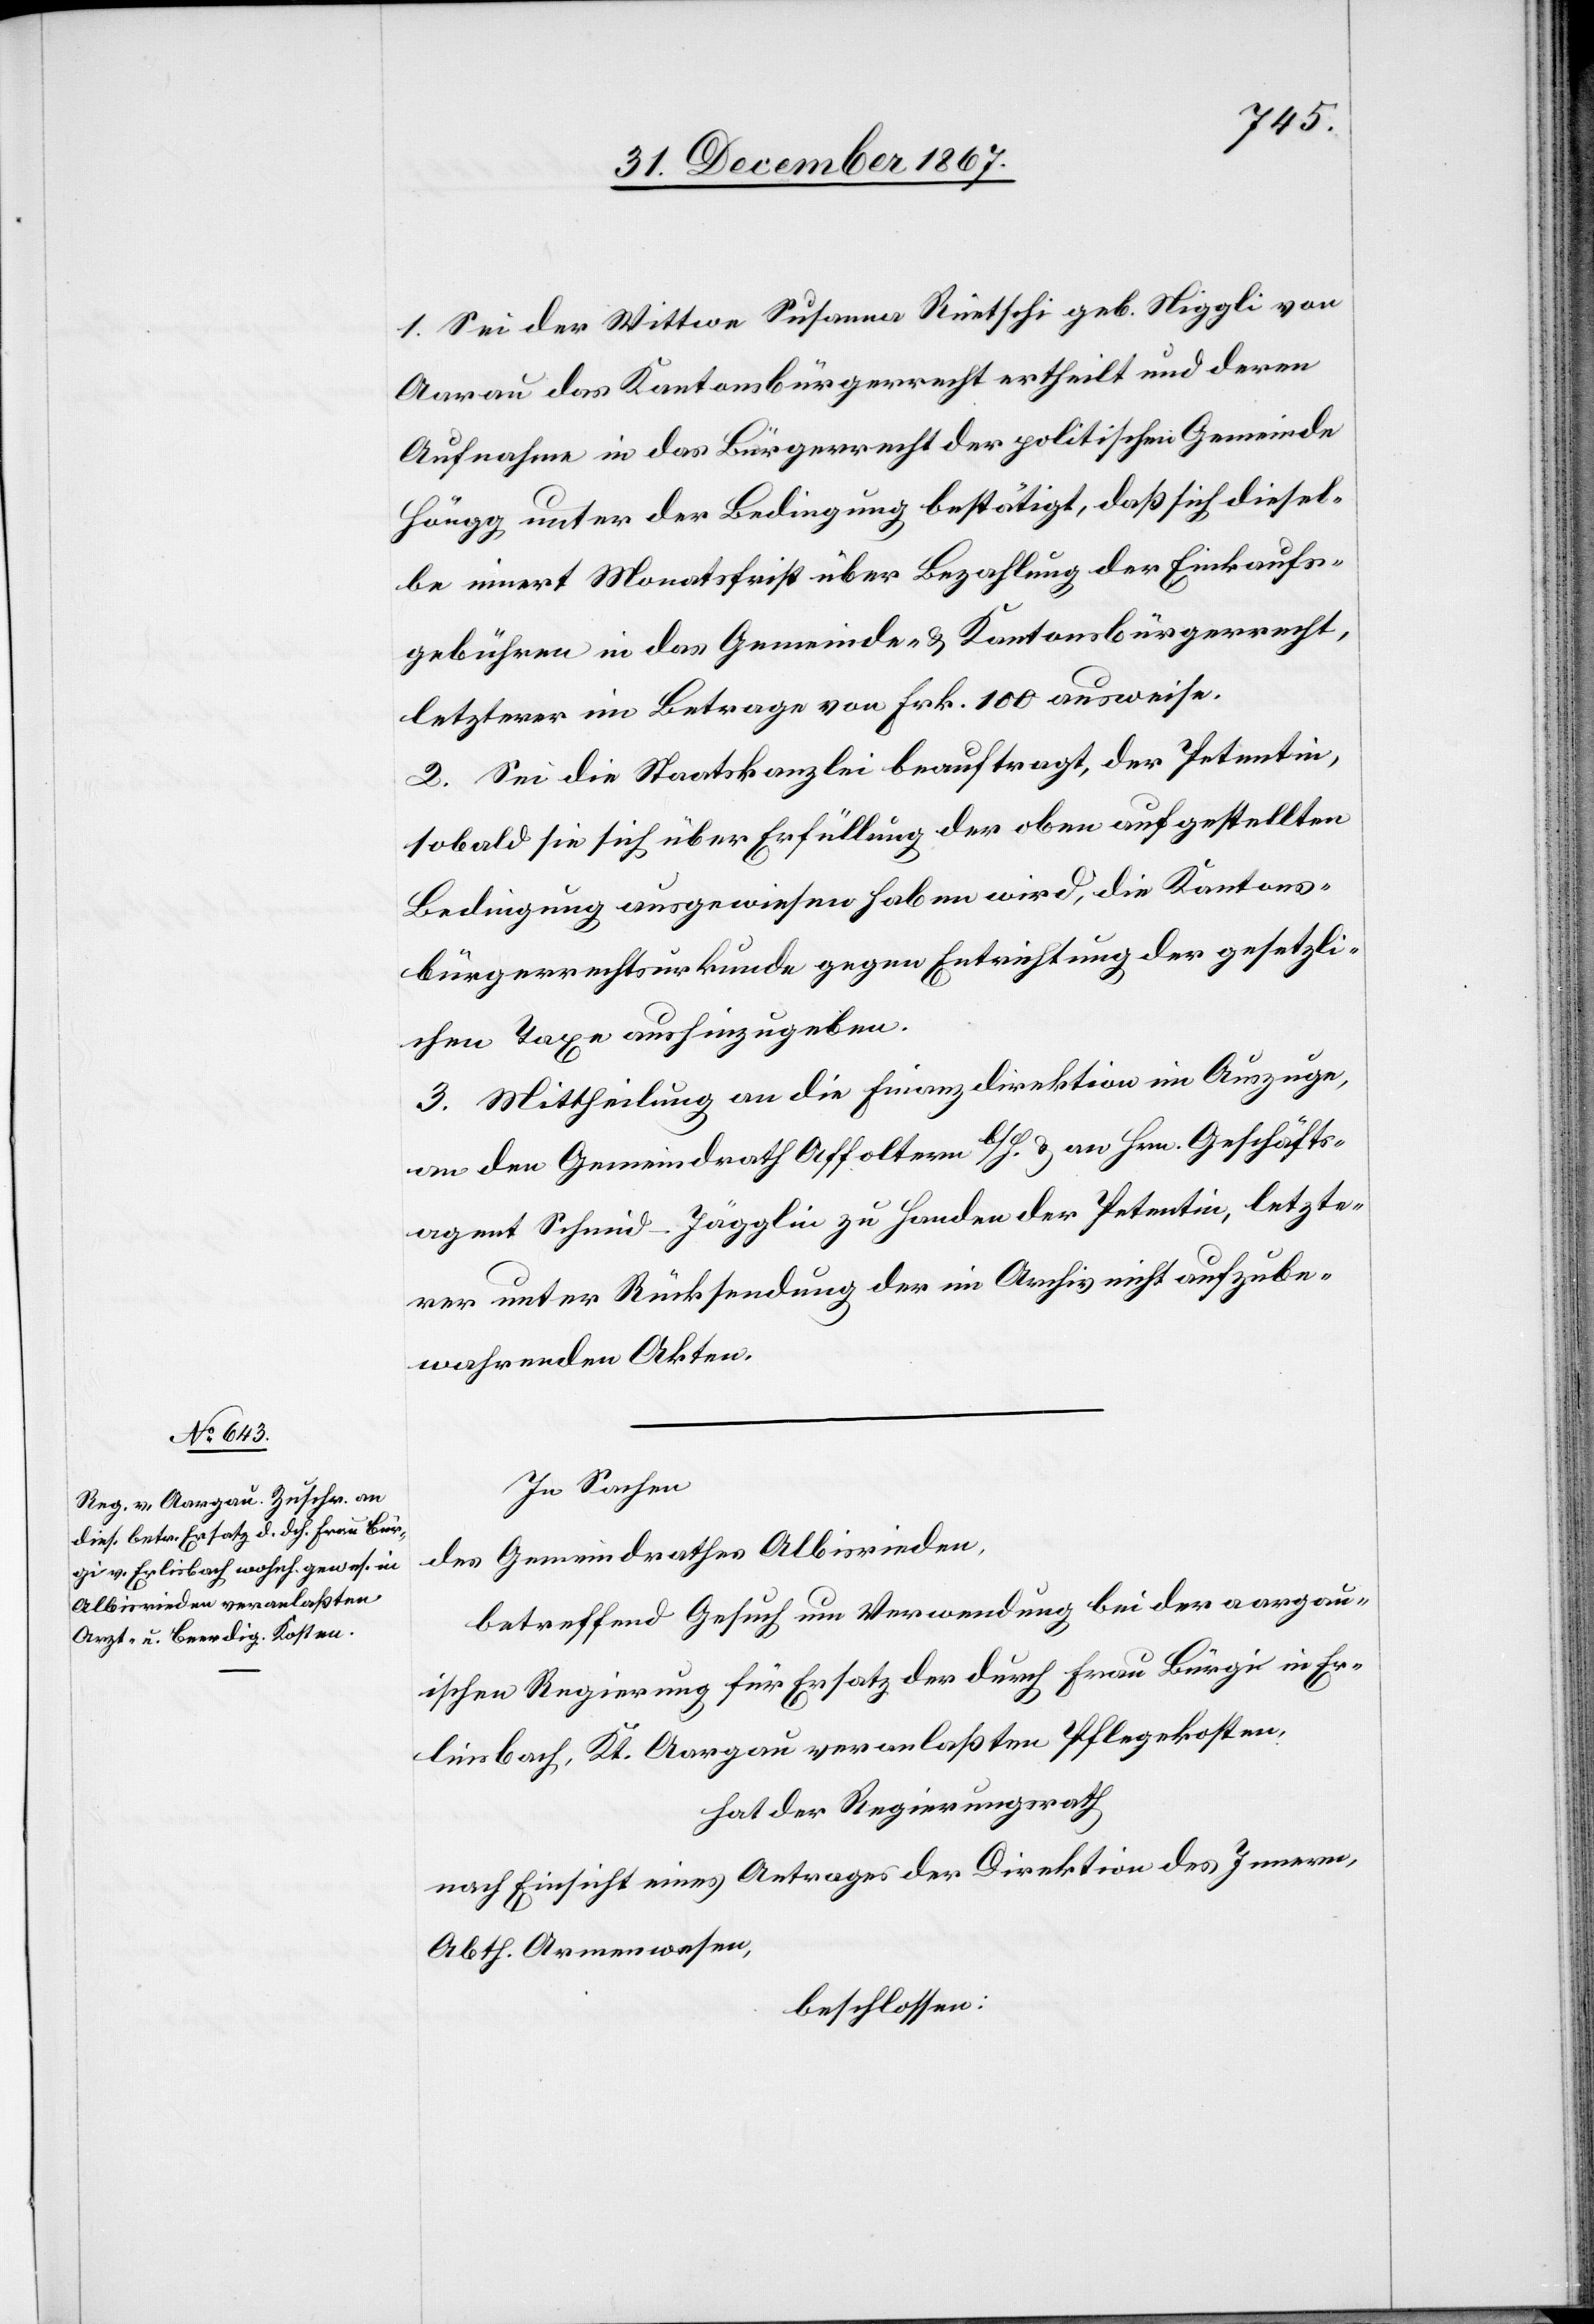
1. Sei der Wittwe Susanna Rüetschi geb. Niggli von
Aarau das Kantonsbürgerrecht ertheilt und deren
Aufnahme in das Bürgerrecht der politischen Gemeinde
Höngg unter der Bedingung bestätigt, daß sich diesel¬
be innert Monatsfrist über Bezahlung der Einkaufs¬
gebühren in das Gemeinde- u. Kantonsbürgerrecht,
letzterer im Betrage von Frk. 100 ausweise.
2. Sei die Staatskanzlei beauftragt, der Petentin,
sobald sie sich über Erfüllung der oben aufgestellten
Bedingung ausgewiesen haben wird, die Kantons¬
bürgerrechtsurkunde gegen Entrichtung der gesetzli¬
chen Taxe aushinzugeben.
3. Mittheilung an die Finanzdirektion im Auszuge,
an den Gemeindrath Affoltern b/H. u. an Hrn. Geschäfts¬
agent Schmid-Jägglin zu Handen der Petentin, letzte¬
rer unter Rücksendung der im Archiv nicht aufzube¬
wahrenden Akten.
In Sachen
des Gemeindrathes Albisrieden,
betreffend Gesuch um Verwendung bei der aargau¬
ischen Regierung für Ersatz der druch Frau Bürgi in Er¬
linsbach [sic!], Kt. Aargau veranlaßten Pflegekosten,
hat der Regierungsrath,
nach Einsicht eines Antrages der Direktion des Innern,
Abth. Armenwesen,
beschlossen: